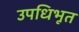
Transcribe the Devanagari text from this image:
उपधिभूत